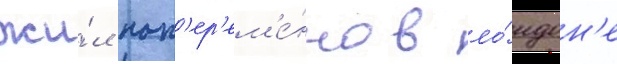
жи́л поп'ер'ем'е́нно в ло́ндон'е